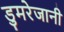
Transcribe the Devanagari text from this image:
डुमरेजानी